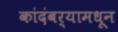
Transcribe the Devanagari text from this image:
कांदंबर्‍यामधून